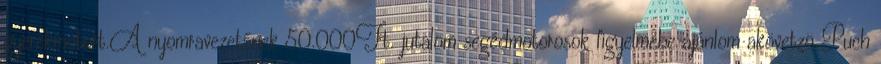
gyerekmotort.A nyomravezetőnek 50.000Ft. jutalom segédmotorosok figyelmébe ajánlom akövetzö Puch